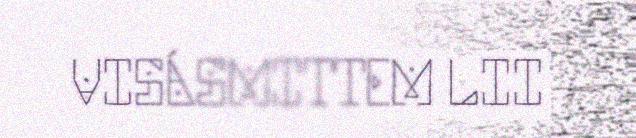
VISÁSMITTEM LII